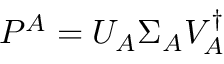
\begin{array} { r } { P ^ { A } = U _ { A } \Sigma _ { A } V _ { A } ^ { \dagger } } \end{array}